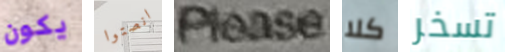
يكون انصتوا please كلا تسخر